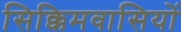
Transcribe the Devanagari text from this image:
सिक्किमवासियों